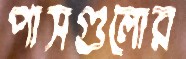
পাসগুলোর